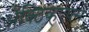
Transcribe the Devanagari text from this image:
ॲक्टिव्हएक्स